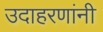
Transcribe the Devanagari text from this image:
उदाहरणांनी